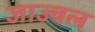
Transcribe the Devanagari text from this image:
जाज्वल